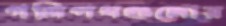
গলিপথগুলোর